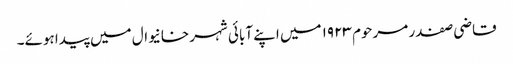
قاضی صفدر مرحوم ۱۹۲۳ میں اپنے آبائی شہر خانیوال میں پیدا ہوئے۔